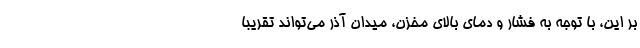
بر این، با توجه به فشار و دمای بالای مخزن، میدان آذر می‌تواند تقریباً